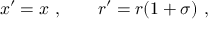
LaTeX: x ^ { \prime } = x ~ , \qquad r ^ { \prime } = r ( 1 + \sigma ) ~ ,